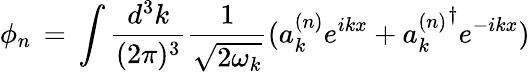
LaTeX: \phi_{n}\, =\, \int\frac{d^{3}k}{(2\pi)^{3}}\frac{1}{\sqrt{2\omega_{k}}}(a_{k}^{(n)}e^{ikx}+{a_{k}^{(n)}}^{\dagger}e^{-ikx})